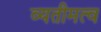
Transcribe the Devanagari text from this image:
व्यतीमत्व